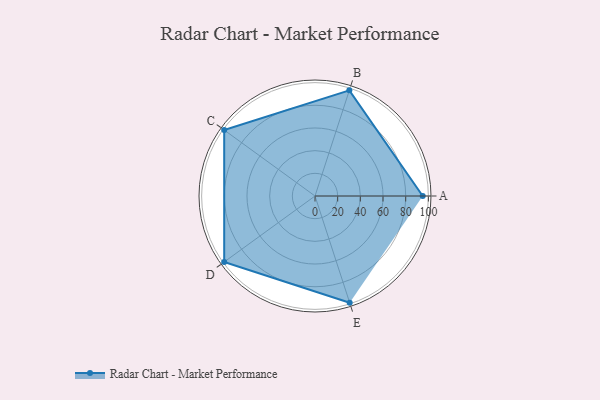
{"axis": {"x": "Skill", "y": "Score"}, "legend": ["Profile"], "data": [{"x": "A", "y": 95.0, "type": "Profile"}, {"x": "B", "y": 98.0, "type": "Profile"}, {"x": "C", "y": 99, "type": "Profile"}, {"x": "D", "y": 99, "type": "Profile"}, {"x": "E", "y": 99, "type": "Profile"}]}